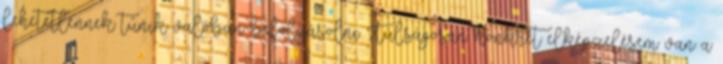
lehetetlennek tűnik valóban befolyásolni. Túlságosan konkrét elképzelésem van a